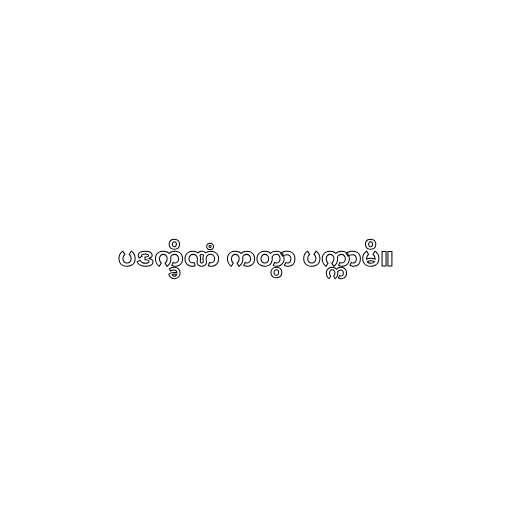
ပဒက္ခိဏံ ကတွာ ပက္ကာမိ။